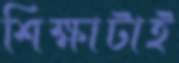
শিক্ষাটাই